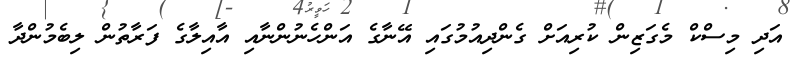
އަދި މިސްކް މެގަޒިން ކުރިއަށް ގެންދިއުމުގައި އޭނާގެ އަންހެނުންނާއި އާއިލާގެ ފަރާތުން ލިބެމުންދާ